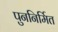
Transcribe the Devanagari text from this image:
पुननिर्मित